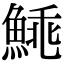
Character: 𩸼